Annual report of the Punjab Veterinary College and of the Civil Veterinary Department, Punjab - 1926-1932
Year: 1926
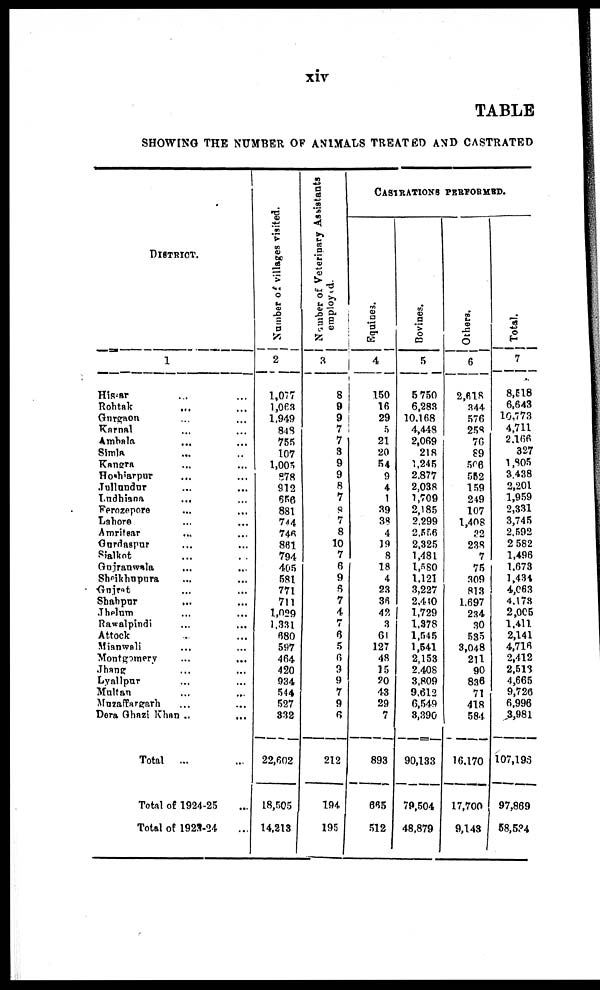
xiv
TABLE
SHOWING THE NUMBER OF ANIMALS TREATED AND CASTRATED
DISTRICT.
1
Hissar ... ...
Rohtak ... ...
Gurgaon ... ...
Karnal ... ...
Ambala ... ...
Simla ... ...
Kangra ... ...
Hoshiarpur ... ...
Jullundur ... ...
Ludhiana
... ...
Ferozepore ... ...
Lahore
Amritsar ... ...
Gurdaspur ... ...
Sialkot ... ...
Gujranwala ... ...
Sheikhupura ... ...
Gujrat ... ...
Shahpur ... ...
Jhelum ... ...
Rawalpindi
Attock ... ...
Mianwali
... ...
Montgomery ... ...
Jhang ... ...
Lyallpur ... ...
Multan ... ...
Muzaffargarh ... ...
Dera Ghazi Khan .. ...
Total
...
Total of 1924-25 ...
Total of 1923-24 ...
Number of villages visited.
2
1,077
1,063
1,949
848
755
107
1,005
878
912
656
881
744
746
861
794
405
581
771
711
1,029
1.331
680
597
464
420
934
544
527
332
22,602
18,505
14,213
Number of Veterinary Assistants
employed.
3
8
9
9
7
7
3
9
9
8
7
8
7
8
10
7
6
9
6
7
4
7
6
5
6
3
9
7
9
6
212
194
195
CASTRATIONS
PERFORMED.
Equities.
4
150
16
29
5
21
20
54
9
4
1
39
38
4
19
8
18
4
23
36
42
3
61
127
48
15
20
43
29
7
893
665
512
Bovines.
5
5 750
6,283
10.168
4,448
2,069
218
1,245
2.877
2,038
1,709
2,185
2,299
2,556
2,325
1,481
1,580
1,121
3,227
2,440
1,729
1,378
1,545
1,541
2,153
2.408
3,809
9,612
6,549
3,390
90,133
79,504
48,879
Others.
6
2,618
344
576
258
76
89
506
552
159
249
107
1,408
32
238
7
75
309
813
1.697
234
30
535
3,048
211
90
836
71
418
584
16.170
17,700
9,148
Total.
7
8,518
6,643
10,773
4,711
2,166
327
1,805
3.438
2,201
1,959
2,331
3,745
2.592
2 582
1,496
1,673
1,434
4,063
4.178
2,005
1,411
2,141
4,716
2,412
2,513
4,665
9,726
6,996
3,981
107,193
97,869
58,534